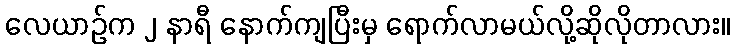
လေယာဉ်က ၂ နာရီ နောက်ကျပြီးမှ ရောက်လာမယ်လို့ဆိုလိုတာလား။